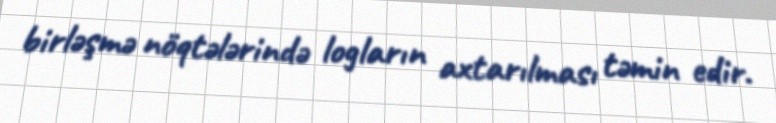
birləşmə nöqtələrində logların axtarılması təmin edir.